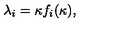
\lambda _ { i } = \kappa f _ { i } ( \kappa ) , \qquad